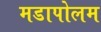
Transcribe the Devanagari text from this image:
मडापोलम